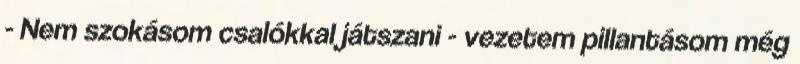
- Nem szokásom csalókkal játszani - vezetem pillantásom még